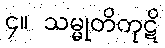
၄။ သမ္မုတိကုဋိ